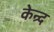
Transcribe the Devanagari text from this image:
केन्र्द